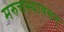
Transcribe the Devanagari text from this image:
मरुत्तस्यावसन्